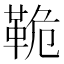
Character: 𩊛